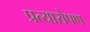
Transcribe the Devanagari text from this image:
प्रत्‍यारोपण